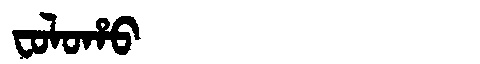
Manchu: ᠸᠣᠯᠣᡥᠣ
Romanization: FOLOHO